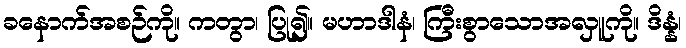
ခနောက်အစဉ်ကို။ ကတွာ၊ ပြု၍။ မဟာဒါနံ၊ ကြီးစွာသောအလှူကို။ ဒိန္နံ၊